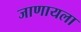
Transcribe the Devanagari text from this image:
जाणायला